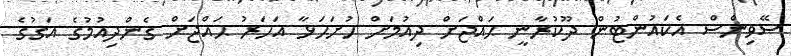
ސޭވިންސް އެކައުންޓުން ދޫކުރާނީ ޙައްޖަށް ދިއުމަށް ހުށަހަޅާ އަހަރު ޙައްޖަށް ގެންދިއުމުގެ އަގުގެ